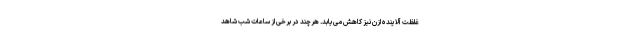
غلظت آلاینده ازن نیز کاهش می‌یابد. هرچند در برخی از ساعات شب شاهد